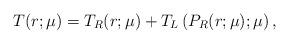
LaTeX: \begin{align*}T(r;\mu) = T_R(r;\mu) + T_L \left( P_R(r;\mu); \mu \right),\end{align*}